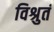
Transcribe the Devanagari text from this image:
विश्रुतं